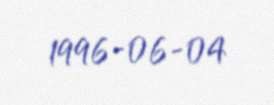
1996-06-04